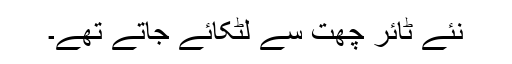
نئے ٹائر چھت سے لٹکائے جاتے تھے۔